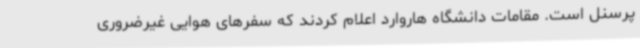
پرسنل است. مقامات دانشگاه هاروارد اعلام کردند که سفرهای هوایی غیرضروری